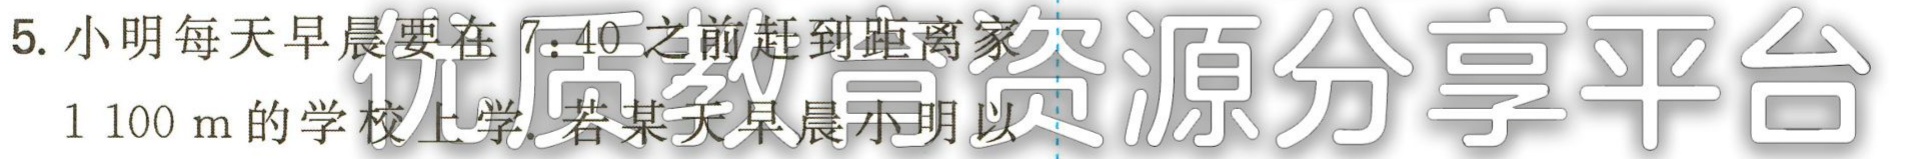
5. 小明每天早晨要在 \(7:40\) 之前赶到距离家 \(1100\mathrm{m}\) 的学校上学. 若某天早晨小明以